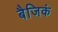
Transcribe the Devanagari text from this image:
बैजिकं